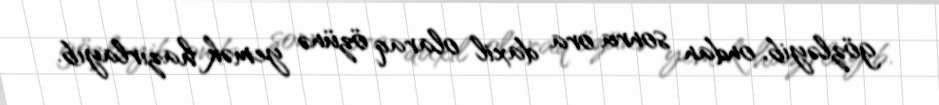
gözləyib, ondan sonra ora daxil olaraq özünə yemək hazırlayıb.